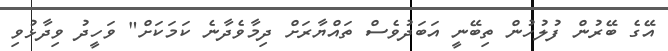
އޭގެ ބޭރުން ފުލުހުން ތިބޭނީ އަބަދުވެސް ތައްޔާރަށް ދިމާވެދާނެ ކަމަކަށް" ވަހީދު ވިދާޅުވި